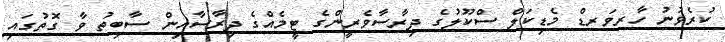
ކުރެވުނު ހާރވަރޑް މެޑިކަލް ސްކޫލުގެ ދިރާސާވެރީންގެ ޓީމެއްގެ ދިރާސާއިން ސާބިތު ވާ ގޮތުގައި